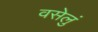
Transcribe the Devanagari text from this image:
वसेलुं